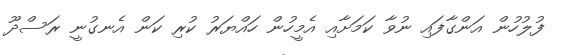
ފުލުހުން އަންގާފައި ނުވާ ކަމަށާއި އެމީހުން ހައްޔަރު ކުރި ކަން އެނގުނީ ރަސްދޫ